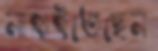
নাহাইতেছেন